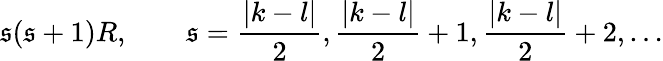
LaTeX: \mathfrak{s}(\mathfrak{s}+1)R,\qquad\mathfrak{s}=\frac{{|k-l|}}{2},\frac{{|k-l|}}{2}+1,\frac{{|k-l|}}{2}+2,\ldots